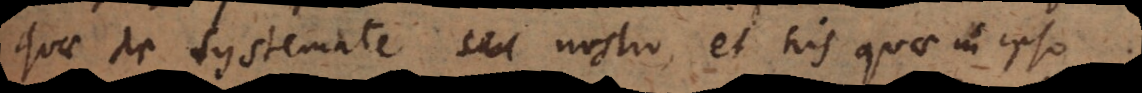
quae de systemate nostro, et his quae in ipso